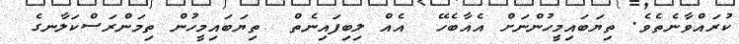
ކުރައްވާނެތެވެ. ތިޔަބައިމީހުންނަށް އެއާބެހޭ  އެއް ލިބިފައިނެތް  ތިޔަބައިމީހުން ތިމަންރަސްކަލާނގެ